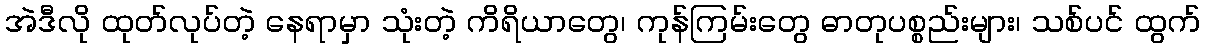
အဲဒီလို ထုတ်လုပ်တဲ့ နေရာမှာ သုံးတဲ့ ကိရိယာတွေ၊ ကုန်ကြမ်းတွေ ဓာတုပစ္စည်းများ၊ သစ်ပင် ထွက်